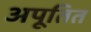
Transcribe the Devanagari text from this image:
अपूतित